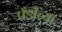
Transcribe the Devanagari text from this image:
पँडीच्या